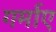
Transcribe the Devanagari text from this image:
गर्माए